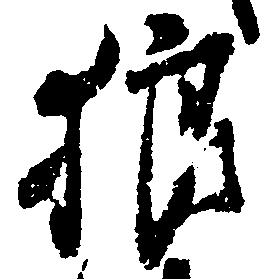
狼